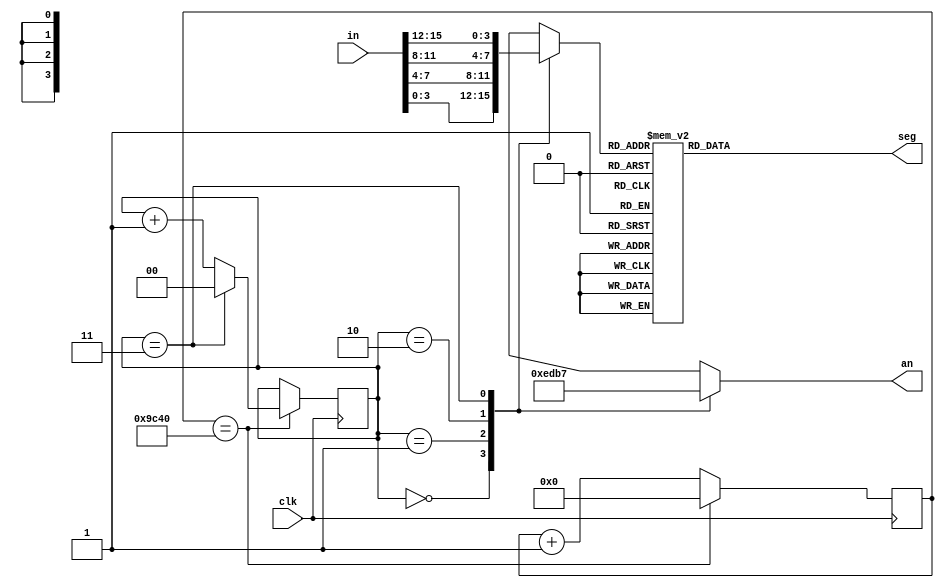
`timescale 1ns / 1ps
//////////////////////////////////////////////////////////////////////////////////
// Company: 
// 
// Design Name: 
// Module Name: seven_seg
// Project Name: 
// Target Devices: 
// Tool Versions: 
// Description: Displays a 16-bit value to a 4-digit, seven segment display.
//              Takes a 10MHz signal, refreshes each segment at 60 Hz.
// 
// Dependencies: 
// 
// Revision:
// Revision 0.01 - File Created
// Additional Comments:
// 
//////////////////////////////////////////////////////////////////////////////////


module seven_seg (
    input      [15:0] in,   // 16-bit input
    input             clk,  // 10 MHz clock
    output  reg [6:0] seg,  // 7-segment cathodes
    output  reg [3:0] an    // 7-segment anodes
    );
    
    reg    [16:0] count = 0;    // clk counter
    reg     [1:0] sel = 2'b00;  // initialize a select to switch segments 
    reg     [3:0] n;            // use to cycle segments
        
    // update each seven-segment at 60 Hz: 10,000,000 / (60*4) = 40000
    always @ (posedge clk) begin
        if (count == 40000) begin
            count <= 0;
            sel <= (sel == 2'b11) ? 2'b00 : sel + 1;
        end
        else
            count <= count + 1;
    end 
        
    // For each SEL case, turn on corresponding anode, 
    //    and connect corresponding input
    always @ (sel, in) begin
        case (sel)          
            2'b00: begin    
                n = in[3:0];    // set input to 1st 4 switches
                an = 4'b1110;   // set anode to 1st segment
                end 
            2'b01: begin   
                n = in[7:4];    // set input to 2nd 4 switches
                an = 4'b1101;   // set anode to 2nd segment
                end
            2'b10: begin   
                n = in[11:8];   // set input to 3rd 4 switches
                an = 4'b1011;   // set anode to 3rd segment
                end
            2'b11: begin   
                n = in[15:12];  // set input to last 4 switches
                an = 4'b0111;   // set anode to last segment
                end 
        endcase
    end
        
    // 7 segment display constants (0-F)
    parameter zero  =   7'b1000000; // 7-segment '0'
    parameter one   =   7'b1111001; // '1'
    parameter two   =   7'b0100100; // '2'
    parameter three =   7'b0110000; // '3'
    parameter four  =   7'b0011001; // '4'
    parameter five  =   7'b0010010; // '5'
    parameter six   =   7'b0000010; // '6'
    parameter seven =   7'b1111000; // '7'
    parameter eight =   7'b0000000; // '8'
    parameter nine  =   7'b0010000; // '9'
    parameter aaaa  =   7'b0001000; // 'A'
    parameter bbbb  =   7'b0000011; // 'b'
    parameter cccc  =   7'b1000110; // 'C'
    parameter dddd  =   7'b0100001; // 'd'
    parameter eeee  =   7'b0000110; // 'E'
    parameter ffff  =   7'b0001110; // 'F'
    parameter dash  =   7'b0111111; // '-'
        
    // display 7-segment digit corresponding to 4-bit value 'n'
    always @ (n) begin
        case (n)   
            4'b0000: seg = zero;
            4'b0001: seg = one;
            4'b0010: seg = two;
            4'b0011: seg = three;
            4'b0100: seg = four;
            4'b0101: seg = five;
            4'b0110: seg = six;
            4'b0111: seg = seven;
            4'b1000: seg = eight;
            4'b1001: seg = nine;
            4'b1010: seg = aaaa;
            4'b1011: seg = bbbb;
            4'b1100: seg = cccc;
            4'b1101: seg = dddd;
            4'b1110: seg = eeee;
            4'b1111: seg = ffff;
            default: seg = dash;
        endcase
    end
    
endmodule